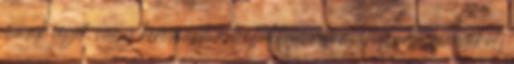
másik céget, vagy keressünk a boltokban valami hasonló ajándékot,